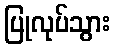
ပြုလုပ်သွား